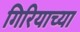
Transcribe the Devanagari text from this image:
गिरियाच्या